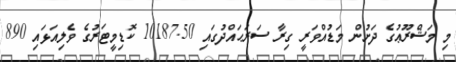
މި މަޝްރޫޢުގެ ދަށުން މަޑުއްވަރީ ގިރާ ސަރަޙައްދުގައި 10187.50 ކޮޑިމީޓަރުގެ ވެލިއަޅައި 890